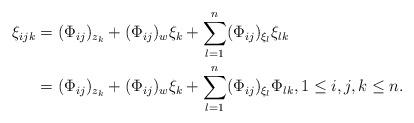
LaTeX: \begin{align*}\xi_{ijk}& =(\Phi_{ij})_{z_{k}}+ (\Phi_{ij})_{w}\xi_{k}+ \sum_{l=1}^n (\Phi_{ij})_{\xi_{l}}\xi_{lk}\\& = (\Phi_{ij})_{z_{k}}+ (\Phi_{ij})_{w}\xi_{k}+ \sum_{l=1}^n (\Phi_{ij})_{\xi_{l}}\Phi_{lk}, 1 \leq i,j ,k \leq n.\end{align*}